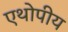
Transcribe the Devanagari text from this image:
एथोपीय